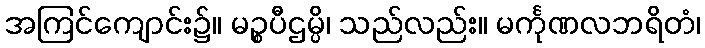
အကြင်ကျောင်း၌။ မဉ္စပီဌမ္ပိ၊ သည်လည်း။ မင်္ကုဏလဘရိတံ၊